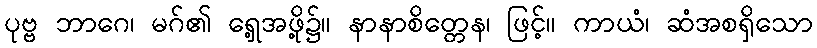
ပုဗ္ဗ ဘာဂေ၊ မဂ်၏ ရှေ့အဖို့၌။ နာနာစိတ္တေန၊ ဖြင့်။ ကာယံ၊ ဆံအစရှိသော